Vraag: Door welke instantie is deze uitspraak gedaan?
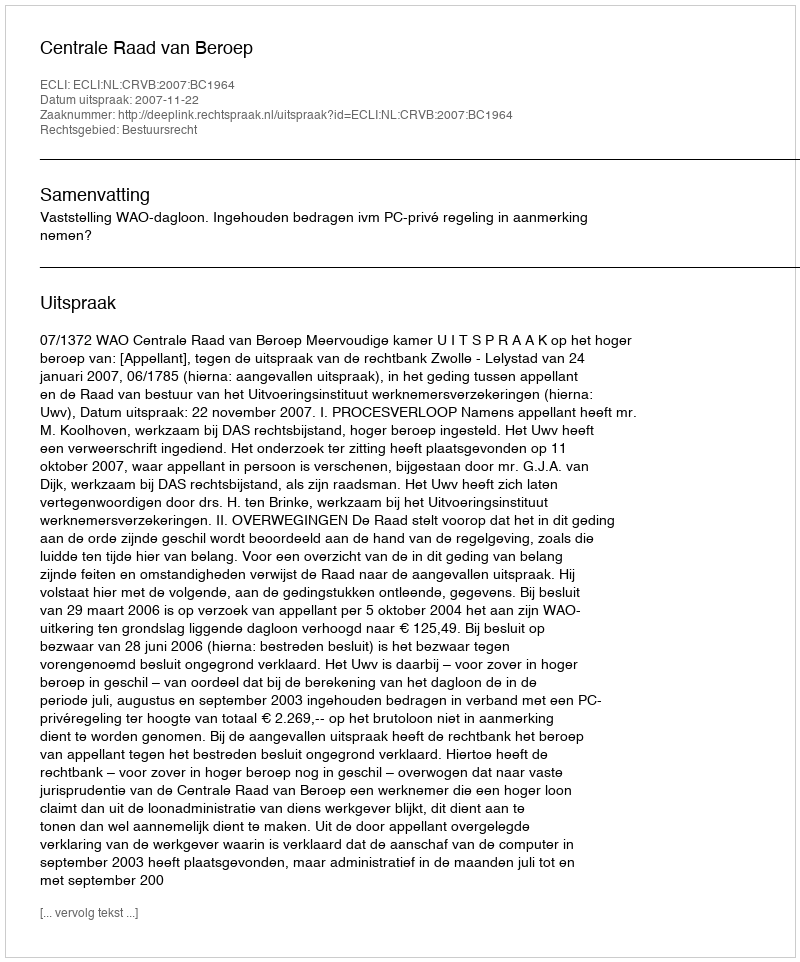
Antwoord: Centrale Raad van Beroep